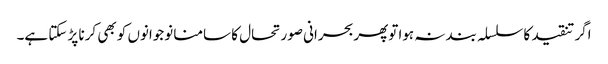
اگر تنقید کا سلسلہ بند نہ ہوا توپھربحرانی صورتحال کا سامنا نوجوانوں کو بھی کرنا پڑ سکتا ہے۔